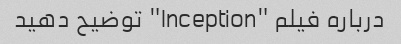
درباره فیلم "Inception" توضیح دهید